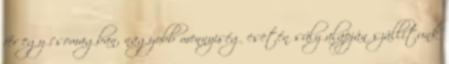
fér egy csomagban, nagyobb mennyiség esetén súly alapján szállítunk